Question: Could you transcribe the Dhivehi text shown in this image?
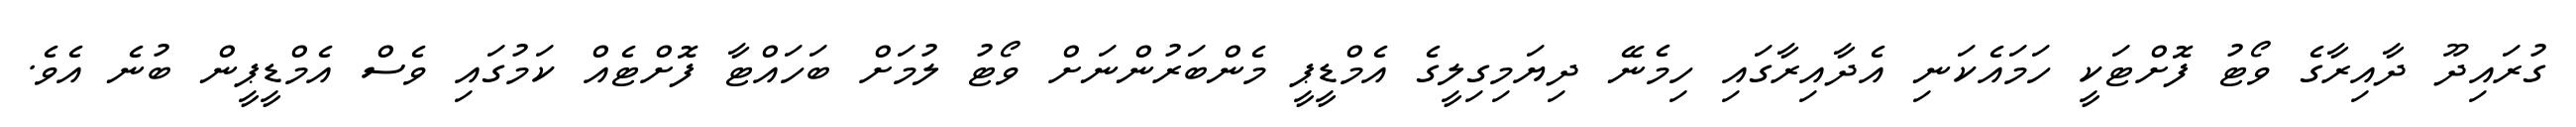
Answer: ގުރައިދޫ ދާއިރާގެ ވޯޓު ފޮށްޓަކީ ހަމައެކަނި އެދާއިރާގައި ހިމެނޭ ދިޔަމިގިލީގެ އެމްޑީޕީ މެންބަރުންނަށް ވޯޓު ލުމަށް ބަހައްޓާ ފޮށްޓެއް ކަމުގައި ވެސް އެމްޑީޕީން ބުނެ އެވެ.